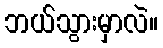
ဘယ်သွားမှာလဲ။